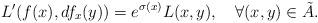
LaTeX: \begin{align*}L^{\prime }(f(x),df_{x}(y))=e^{\sigma (x)}L(x,y),~\ \ \forall (x,y)\in \tilde{A}. \end{align*}